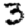
Digit: 3